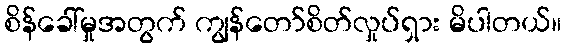
စိန်ခေါ်မှုအတွက် ကျွန်တော်စိတ်လှုပ်ရှား မိပါတယ်။